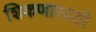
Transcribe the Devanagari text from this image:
शिकणासाठी